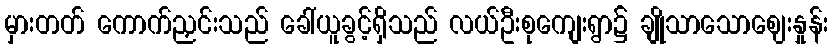
မှားတတ် ကောက်ညှင်းသည် ခေါ်ယူခွင့်ရှိသည် လယ်ဦးစုကျေးရွာ၌ ချိုသာသောဈေးနှုန်း